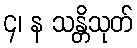
၄၊ န သန္တိသုတ်